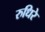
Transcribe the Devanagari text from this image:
रुधिरे